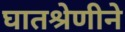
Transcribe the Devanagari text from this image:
घातश्रेणीने